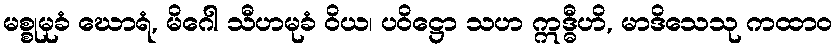
မစ္စုမုခံ ဃောရံ, မိဂေါ သီဟမုခံ ဝိယ၊ ပဝိဋ္ဌော သဟ ဣဒ္ဓီဟိ, မာဒိသေသု ကထာဝ